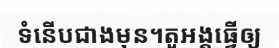
ទំនើបជាងមុន។តួអង្គធ្វើឲ្យ